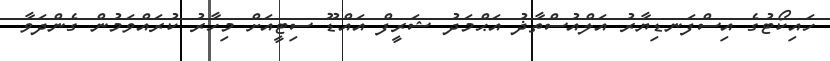
ހައިކޯޓުގެ އިސްފަނޑިޔާރު އަލްއުސްތާޛު އަޙްމަދު ޝަރީފް އައްޑޫ ސިޓީއަށް މިހާރު ކުރައްވަމުން ގެންދަވާ